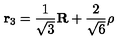
{ \bf r } _ { 3 } = \frac { 1 } { \sqrt { 3 } } { \bf R } + \frac { 2 } { \sqrt { 6 } } \mathrm { \boldmath \rho }